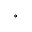
^ { \circ }